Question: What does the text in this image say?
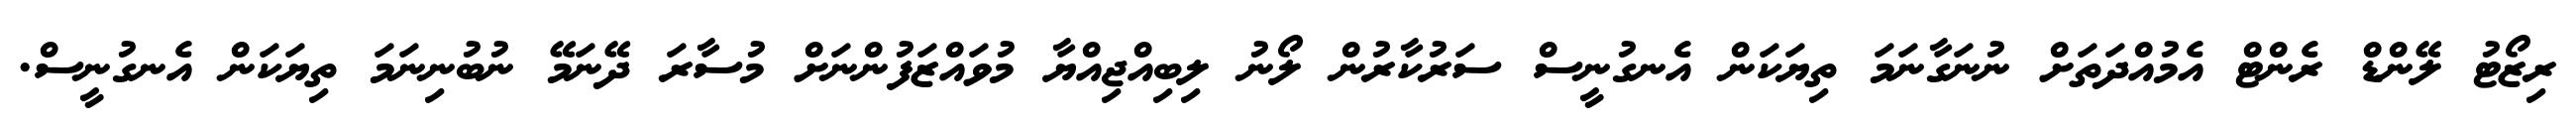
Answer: ރިޒޯޓު ލޭންޑް ރެންޓް އެމުއްދަތަށް ނުނަގާނަމަ ތިޔަކަން އެނގުނީސް ސަރުކާރުން ލޯނު ލިބިއްޖިއްޔާ މުވައްޒަފުންނަށް މުސާރަ ދޭނަމޭ ނުބުނިނަމަ ތިޔަކަން އެނގުނީސް.